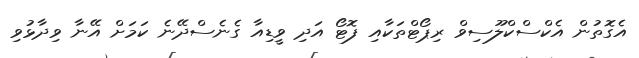
އެގޮތުން އެކްސްކްލޫސިވް ރިޕޯޓްތަކާއި ފޮޓޯ އަދި ވީޑިއާ ގެނެސްދޭނެ ކަމަށް އޭނާ ވިދާޅުވި